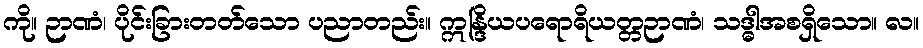
ကို။ ဉာဏံ၊ ပိုင်းခြားတတ်သော ပညာတည်း။ ဣန္ဒြိယပရောရိယတ္တဉာဏံ၊ သဒ္ဓါအစရှိသော။ လ။